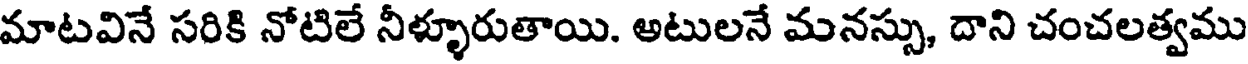
మాటవినే సరికి నోటిలే నీళ్ళూరుతాయి. అటులనే మనస్సు, దాని చంచలత్వము